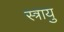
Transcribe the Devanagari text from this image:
स्त्रायु